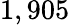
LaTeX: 1,905